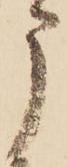
申